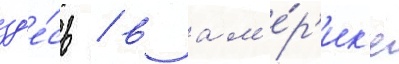
зд'е́сь / в ам'е́р'ик'е